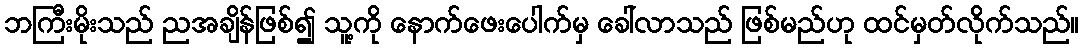
ဘကြီးမိုးသည် ညအချိန်ဖြစ်၍ သူ့ကို နောက်ဖေးပေါက်မှ ခေါ်လာသည် ဖြစ်မည်ဟု ထင်မှတ်လိုက်သည်။